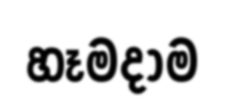
හෑමදාම